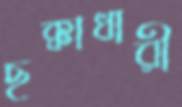
ছক্কাধারী